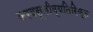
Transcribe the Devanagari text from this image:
करवसूलीव्यतिरिक्त